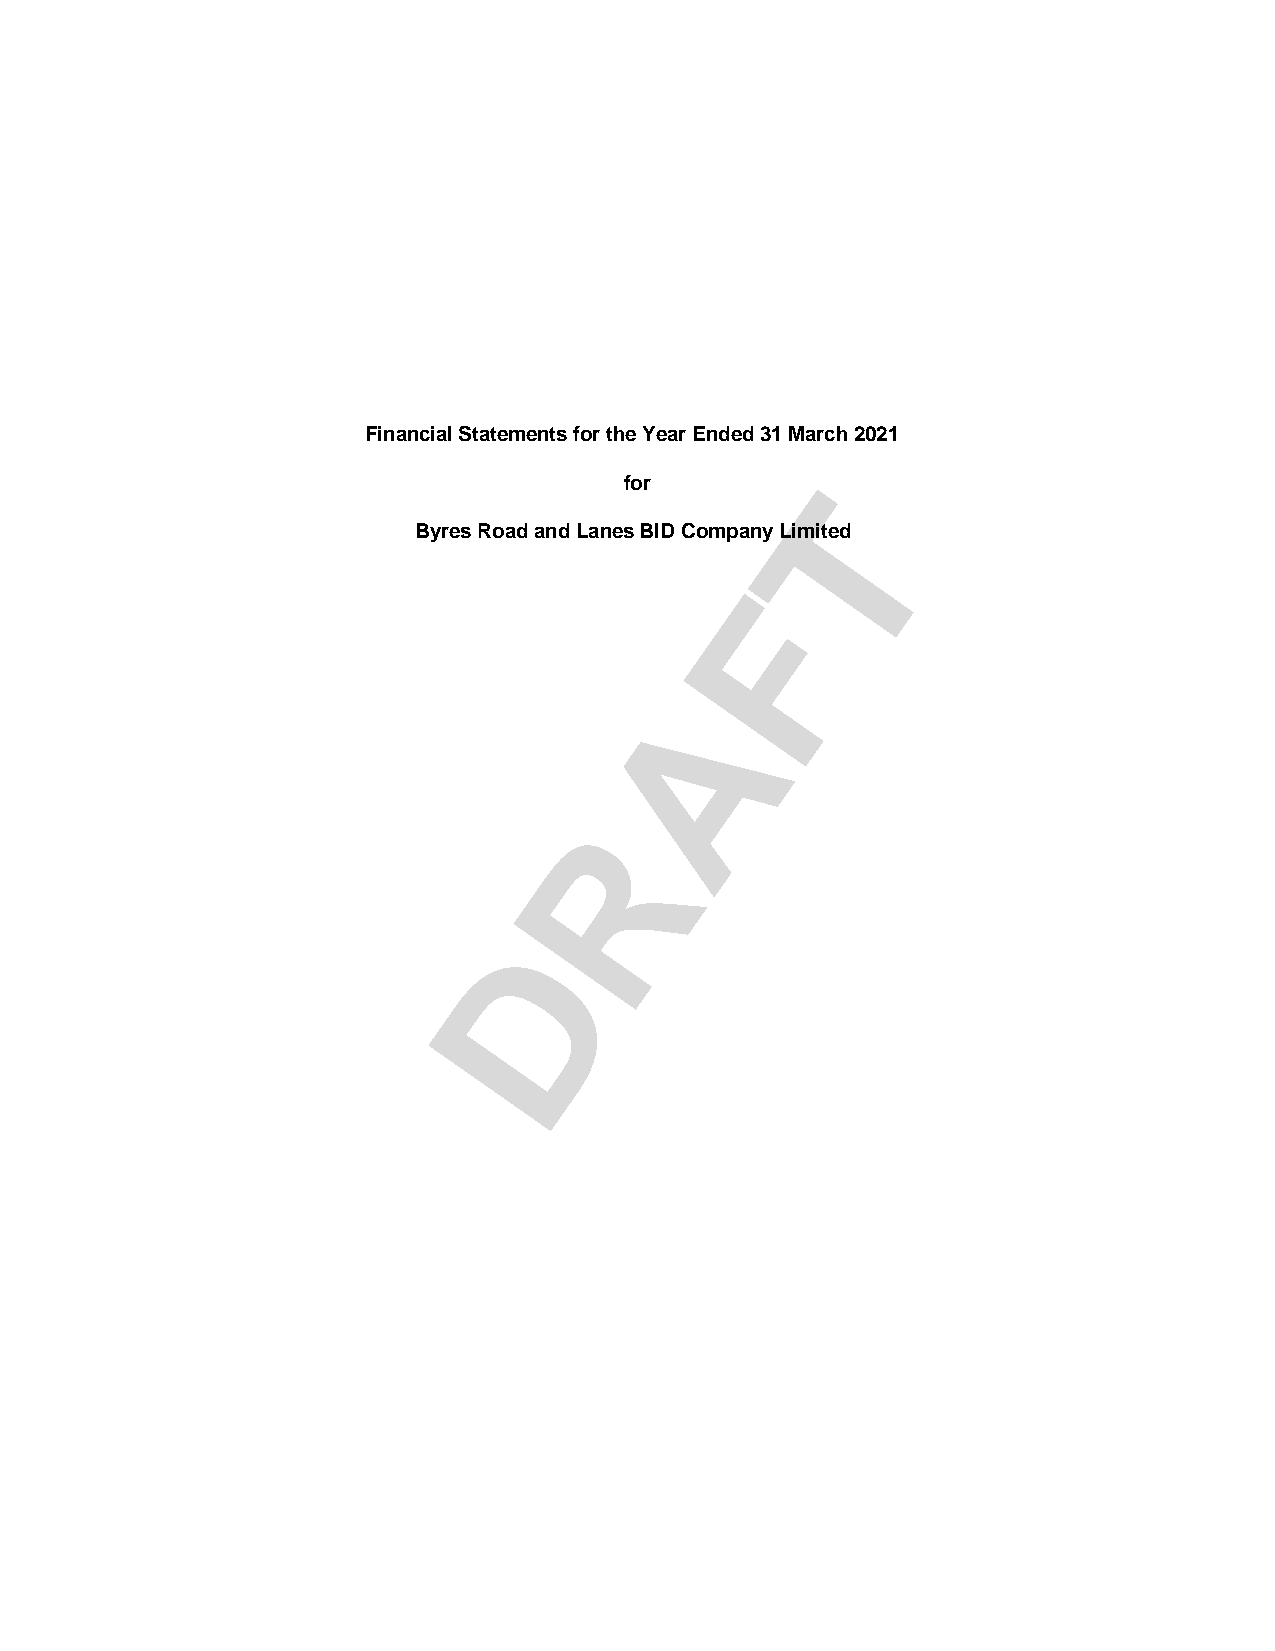
Financial Statements for the Year Ended 31 March 2021
 for          T
 Byres Road and Lanes BID Company Limited
 F
 A
 R
 D